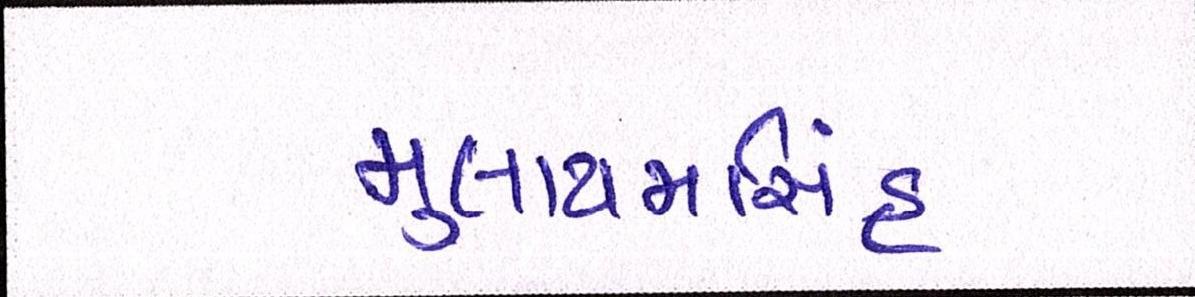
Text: મુલાયમસિંહ